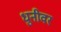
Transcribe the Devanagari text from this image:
धुनीवर